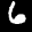
Label: 6